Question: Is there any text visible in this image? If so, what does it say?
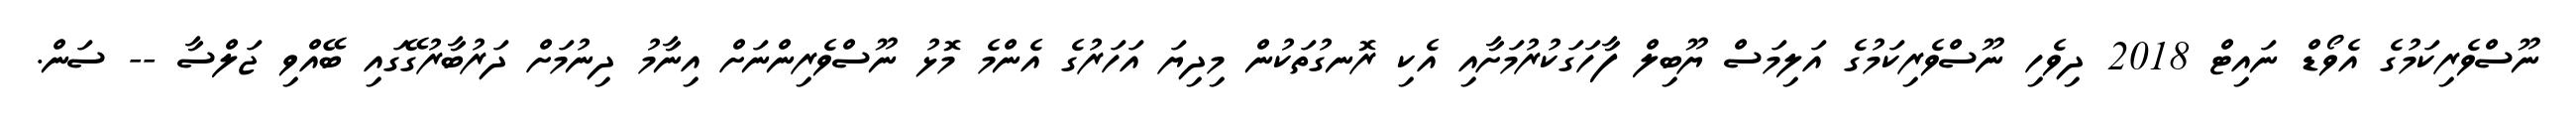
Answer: ނޫސްވެރިކަމުގެ އެވޯޑް ނައިޓް 2018 ދިވެހި ނޫސްވެރިކަމުގެ އަލިމަސް ޔޫބިލް ފާހަގަކުރުމަށާއި އެކި ރޮނގުތަކުން މިދިޔަ އަހަރުގެ އެންމެ މޮޅު ނޫސްވެރިންނަށް އިނާމު ދިނުމަށް ދަރުބާރުގޭގައި ބޭއްވި ޖަލްސާ -- ސަން.